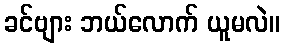
ခင်ဗျား ဘယ်လောက် ယူမလဲ။